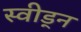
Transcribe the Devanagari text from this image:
स्वीड्न